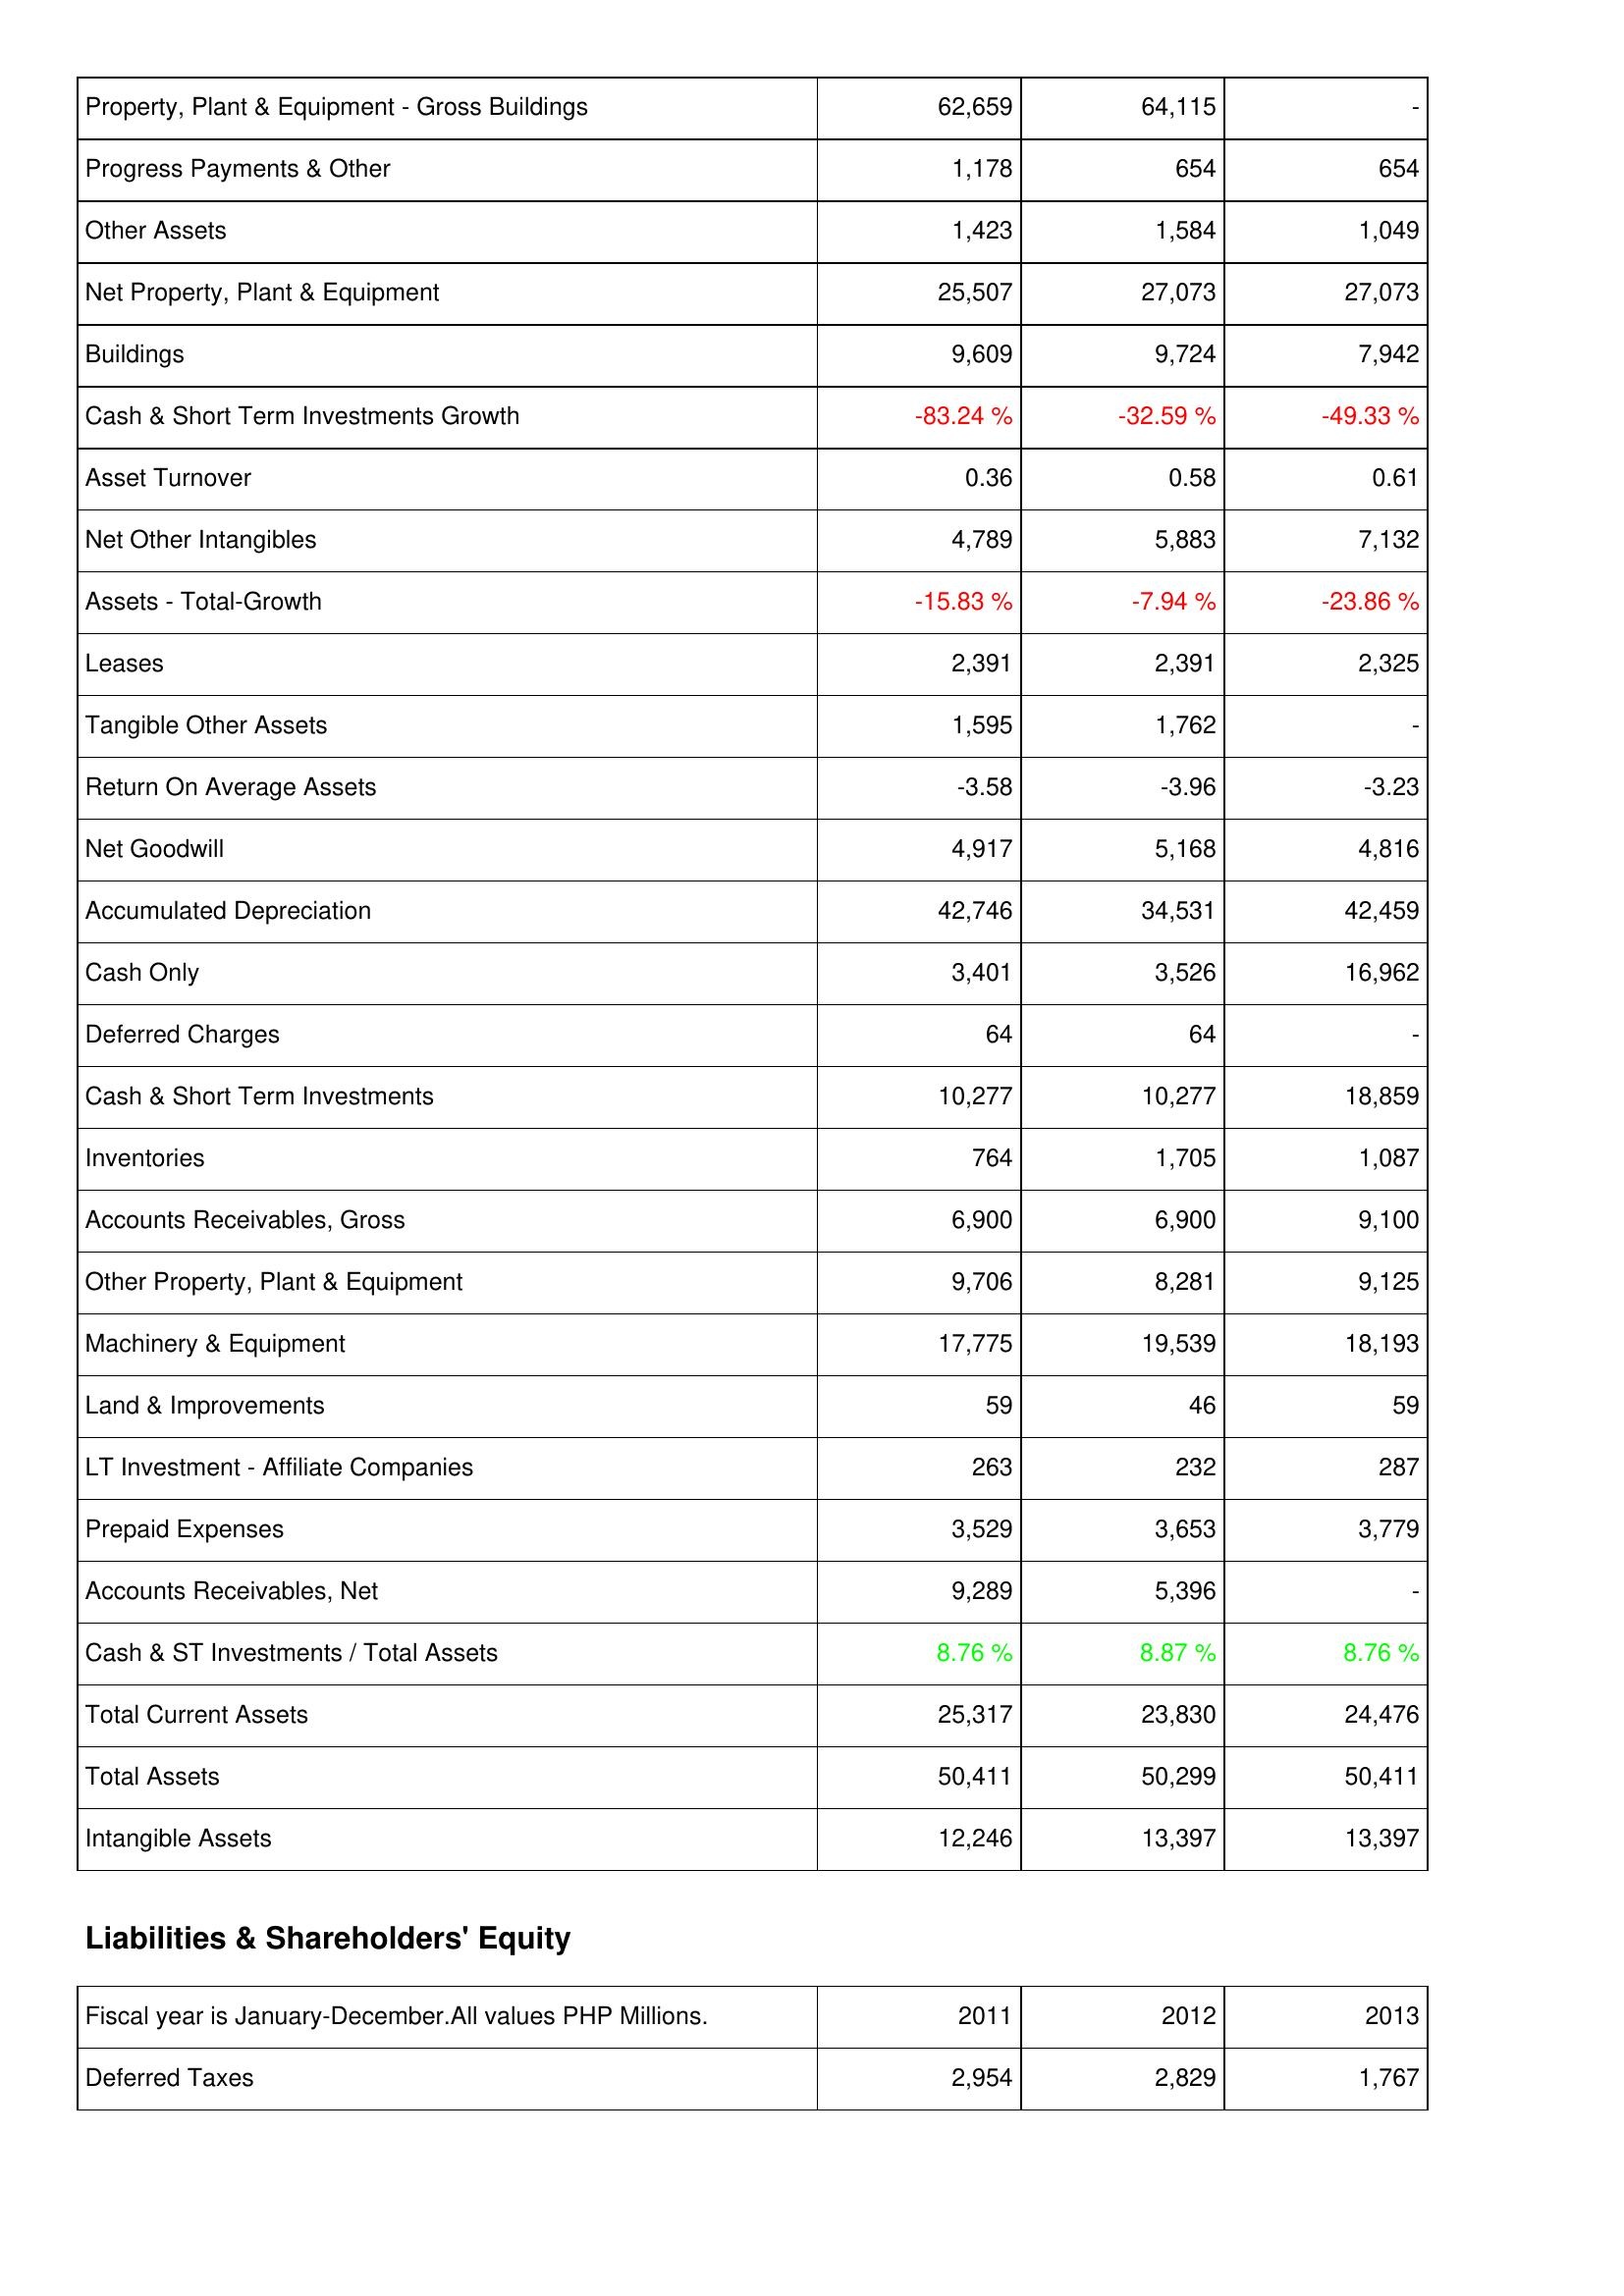
2011: Assets: Property, Plant & Equipment - Gross Buildings: 62,659
Progress Payments & Other: 1,178
Other Assets: 1,423
Net Property, Plant & Equipment: 25,507
Buildings: 9,609
Cash & Short Term Investments Growth: -83.24 %
Asset Turnover: 0.36
Net Other Intangibles: 4,789
Assets - Total-Growth: -15.83 %
Leases: 2,391
Tangible Other Assets: 1,595
Return On Average Assets: -3.58
Net Goodwill: 4,917
Accumulated Depreciation: 42,746
Cash Only: 3,401
Deferred Charges: 64
Cash & Short Term Investments: 10,277
Inventories: 764
Accounts Receivables, Gross: 6,900
Other Property, Plant & Equipment: 9,706
Machinery & Equipment: 17,775
Land & Improvements: 59
LT Investment - Affiliate Companies: 263
Prepaid Expenses: 3,529
Accounts Receivables, Net: 9,289
Cash & ST Investments / Total Assets: 8.76 %
Total Current Assets: 25,317
Total Assets: 50,411
Intangible Assets: 12,246
Liabilities & Shareholders' Equity: Deferred Taxes: 2,954
2012: Assets: Property, Plant & Equipment - Gross Buildings: 64,115
Progress Payments & Other: 654
Other Assets: 1,584
Net Property, Plant & Equipment: 27,073
Buildings: 9,724
Cash & Short Term Investments Growth: -32.59 %
Asset Turnover: 0.58
Net Other Intangibles: 5,883
Assets - Total-Growth: -7.94 %
Leases: 2,391
Tangible Other Assets: 1,762
Return On Average Assets: -3.96
Net Goodwill: 5,168
Accumulated Depreciation: 34,531
Cash Only: 3,526
Deferred Charges: 64
Cash & Short Term Investments: 10,277
Inventories: 1,705
Accounts Receivables, Gross: 6,900
Other Property, Plant & Equipment: 8,281
Machinery & Equipment: 19,539
Land & Improvements: 46
LT Investment - Affiliate Companies: 232
Prepaid Expenses: 3,653
Accounts Receivables, Net: 5,396
Cash & ST Investments / Total Assets: 8.87 %
Total Current Assets: 23,830
Total Assets: 50,299
Intangible Assets: 13,397
Liabilities & Shareholders' Equity: Deferred Taxes: 2,829
2013: Assets: Property, Plant & Equipment - Gross Buildings: -
Progress Payments & Other: 654
Other Assets: 1,049
Net Property, Plant & Equipment: 27,073
Buildings: 7,942
Cash & Short Term Investments Growth: -49.33 %
Asset Turnover: 0.61
Net Other Intangibles: 7,132
Assets - Total-Growth: -23.86 %
Leases: 2,325
Tangible Other Assets: -
Return On Average Assets: -3.23
Net Goodwill: 4,816
Accumulated Depreciation: 42,459
Cash Only: 16,962
Deferred Charges: -
Cash & Short Term Investments: 18,859
Inventories: 1,087
Accounts Receivables, Gross: 9,100
Other Property, Plant & Equipment: 9,125
Machinery & Equipment: 18,193
Land & Improvements: 59
LT Investment - Affiliate Companies: 287
Prepaid Expenses: 3,779
Accounts Receivables, Net: -
Cash & ST Investments / Total Assets: 8.76 %
Total Current Assets: 24,476
Total Assets: 50,411
Intangible Assets: 13,397
Liabilities & Shareholders' Equity: Deferred Taxes: 1,767